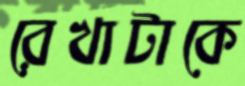
রেখাটাকে